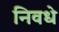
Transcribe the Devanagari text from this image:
निवधे